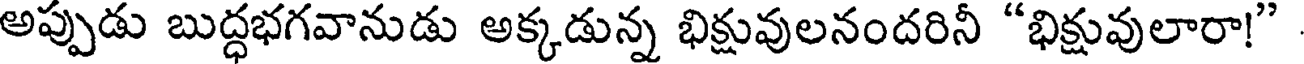
అప్పుడు బుద్ధభగవానుడు అక్కడున్న భిక్షువులనందరినీ "భిక్షువులారా!"